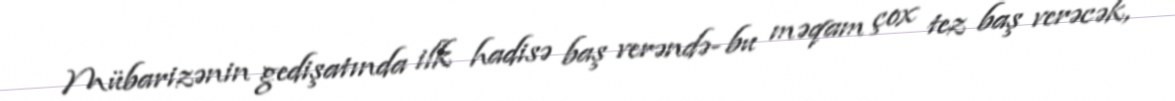
Mübarizənin gedişatında ilk hadisə baş verəndə- bu məqam çox tez baş verəcək,